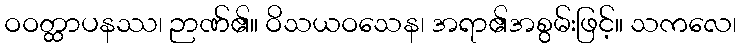
ဝဝတ္ထာပနဿ၊ ဉာဏ်၏။ ဝိသယဝသေန၊ အရာ၏အစွမ်းဖြင့်။ သကလေ၊